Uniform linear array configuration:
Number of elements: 8
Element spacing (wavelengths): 0.25
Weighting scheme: hamming
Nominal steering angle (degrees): -30
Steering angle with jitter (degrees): -30.435
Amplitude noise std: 0.05
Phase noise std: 0.05

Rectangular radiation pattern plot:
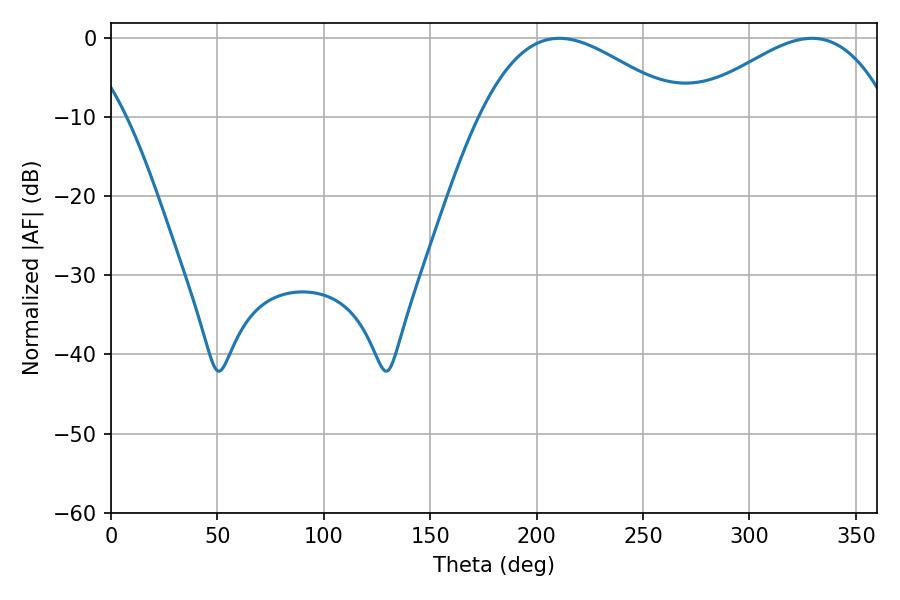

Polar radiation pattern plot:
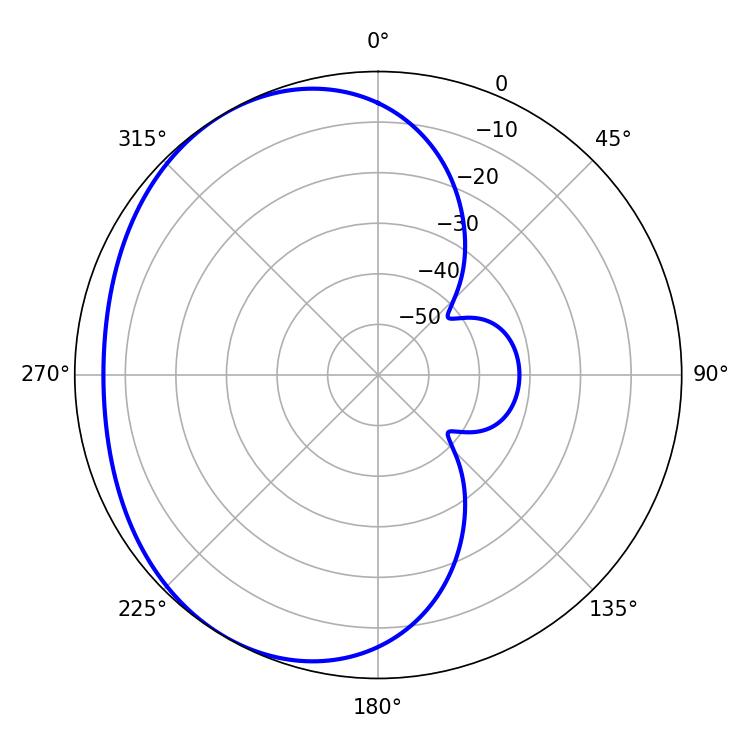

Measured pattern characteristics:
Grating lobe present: FALSE
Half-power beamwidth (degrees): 51.3
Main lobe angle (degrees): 210.6